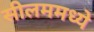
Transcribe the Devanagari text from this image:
सीलममध्ये